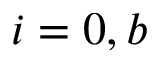
i = 0 , b